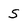
Character: S